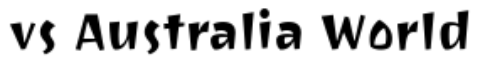
vs Australia World